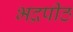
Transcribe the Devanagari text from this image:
भद्रपीठ